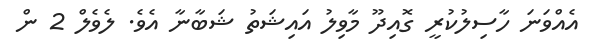
އެއްވަނަ ހާސިލުކުރީ ގޮއިދޫ މާވިލު އައިޝަތު ޝަބާނާ އެވެ. ލެވެލް 2 ން